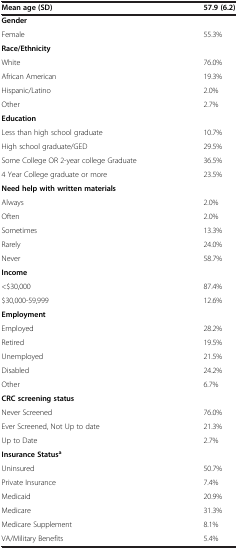
<table><thead><tr><td><b>Mean age (SD)</b></td><td><b>57.9 (6.2)</b></td></tr></thead><tbody><tr><td><b>Gender</b></td><td></td></tr><tr><td>Female</td><td>55.3%</td></tr><tr><td><b>Race/Ethnicity</b></td><td></td></tr><tr><td>White</td><td>76.0%</td></tr><tr><td>African American</td><td>19.3%</td></tr><tr><td>Hispanic/Latino</td><td>2.0%</td></tr><tr><td>Other</td><td>2.7%</td></tr><tr><td><b>Education</b></td><td></td></tr><tr><td>Less than high school graduate</td><td>10.7%</td></tr><tr><td>High school graduate/GED</td><td>29.5%</td></tr><tr><td>Some College OR 2-year college Graduate</td><td>36.5%</td></tr><tr><td>4 Year College graduate or more</td><td>23.5%</td></tr><tr><td><b>Need help with written materials</b></td><td></td></tr><tr><td>Always</td><td>2.0%</td></tr><tr><td>Often</td><td>2.0%</td></tr><tr><td>Sometimes</td><td>13.3%</td></tr><tr><td>Rarely</td><td>24.0%</td></tr><tr><td>Never</td><td>58.7%</td></tr><tr><td><b>Income</b></td><td></td></tr><tr><td>&lt;$30,000</td><td>87.4%</td></tr><tr><td>$30,000-59,999</td><td>12.6%</td></tr><tr><td><b>Employment</b></td><td></td></tr><tr><td>Employed</td><td>28.2%</td></tr><tr><td>Retired</td><td>19.5%</td></tr><tr><td>Unemployed</td><td>21.5%</td></tr><tr><td>Disabled</td><td>24.2%</td></tr><tr><td>Other</td><td>6.7%</td></tr><tr><td><b>CRC screening status</b></td><td></td></tr><tr><td>Never Screened</td><td>76.0%</td></tr><tr><td>Ever Screened, Not Up to date</td><td>21.3%</td></tr><tr><td>Up to Date</td><td>2.7%</td></tr><tr><td><b>Insurance Status</b><sup><b>a</b></sup></td><td></td></tr><tr><td>Uninsured</td><td>50.7%</td></tr><tr><td>Private Insurance</td><td>7.4%</td></tr><tr><td>Medicaid</td><td>20.9%</td></tr><tr><td>Medicare</td><td>31.3%</td></tr><tr><td>Medicare Supplement</td><td>8.1%</td></tr><tr><td>VA/Military Benefits</td><td>5.4%</td></tr></tbody></table>